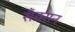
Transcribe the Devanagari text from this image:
सँक्सन